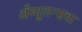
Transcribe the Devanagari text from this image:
अँब्यूलन्सचा